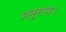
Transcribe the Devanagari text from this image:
अनुरागा।